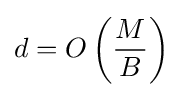
d=O\left({\frac {M}{B}}\right)